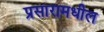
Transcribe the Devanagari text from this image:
प्रसारामधील